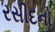
રસીદનો